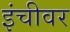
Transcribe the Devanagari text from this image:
इंचीवर